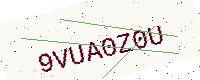
Text: 9VUA0Z0U